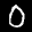
Label: 0